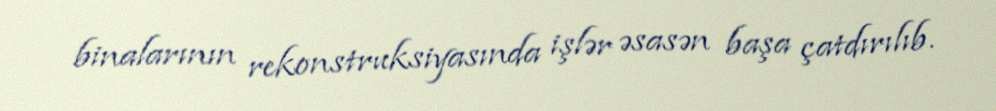
binalarının rekonstruksiyasında işlər əsasən başa çatdırılıb.